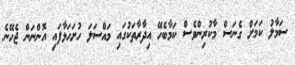
ސަމާލު ކަމަށް ގެނަސް މާކުރިންވެސް ކަމާބެހޭ އިދާރާތަކުގައި މަައްސަލަ ހުށަހަޅާފައި އޮންނަން ޖެހޭނެ